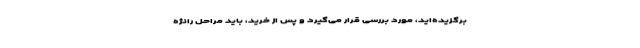
برگزیده‌اید، مورد بررسی قرار می‌گیرد و پس از خرید، باید مراحل رانژه